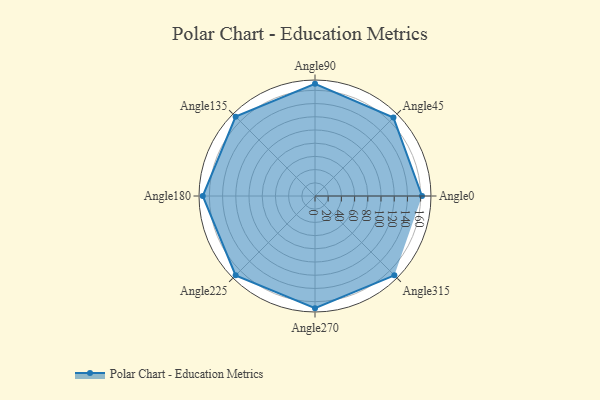
{"axis": {"x": "Angle", "y": "Radius"}, "legend": [""], "data": [{"x": "Angle0", "y": 162.0, "type": ""}, {"x": "Angle45", "y": 168.0, "type": ""}, {"x": "Angle90", "y": 170, "type": ""}, {"x": "Angle135", "y": 170, "type": ""}, {"x": "Angle180", "y": 170, "type": ""}, {"x": "Angle225", "y": 170, "type": ""}, {"x": "Angle270", "y": 170, "type": ""}, {"x": "Angle315", "y": 170, "type": ""}]}